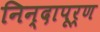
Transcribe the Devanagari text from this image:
निन्दापूर्ण